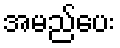
အမည်ပေး